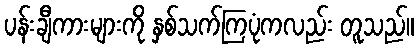
ပန်းချီကားများကို နှစ်သက်ကြပုံကလည်း တူသည်။